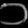
Digit: ၁